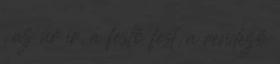
, az úr ír, a festő fest, a rendező